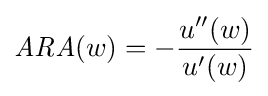
{\mathit {ARA}}(w)=-{\frac {u''(w)}{u'(w)}}